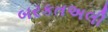
બરકતઅલી